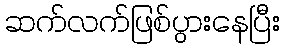
ဆက်လက်ဖြစ်ပွားနေပြီး